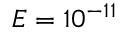
E = 1 0 ^ { - 1 1 }